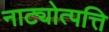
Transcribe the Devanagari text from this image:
नाट्योत्पत्ति